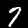
Label: 7